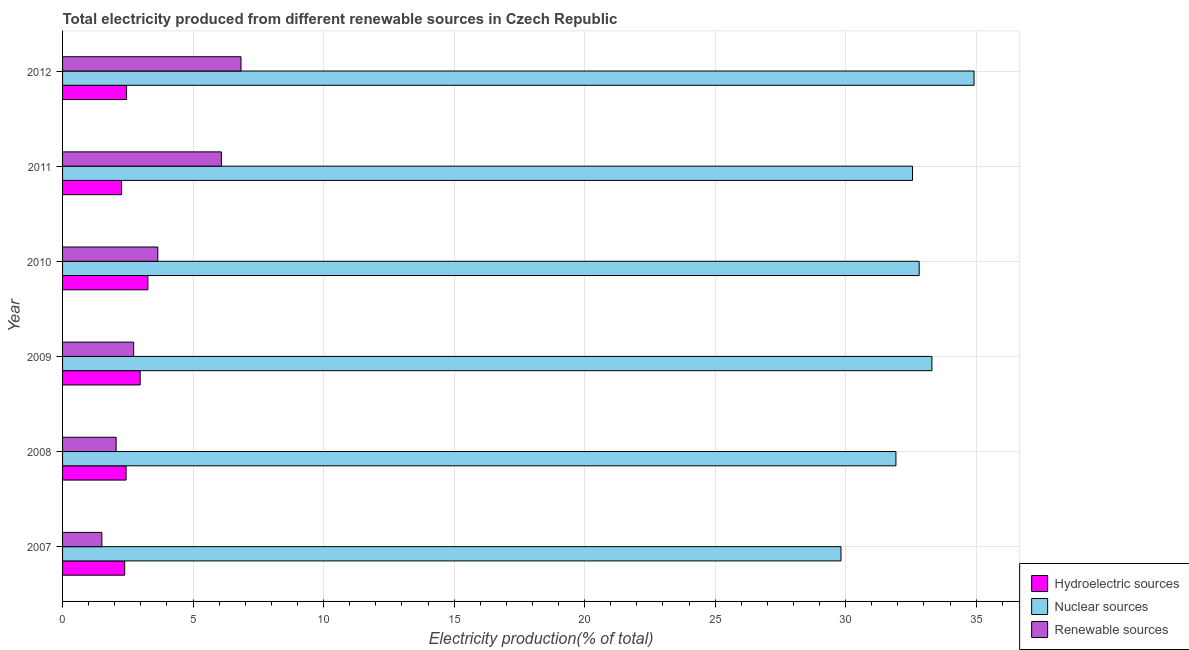
| Year | Hydroelectric sources | Nuclear sources | Renewable sources |
 | --- | --- | --- | --- |
 | 2007 | 2.38 | 29.8 | 1.51 |
 | 2008 | 2.43 | 31.9 | 2.05 |
 | 2009 | 2.97 | 33.3 | 2.72 |
 | 2010 | 3.27 | 32.8 | 3.65 |
 | 2011 | 2.26 | 32.6 | 6.08 |
 | 2012 | 2.45 | 34.9 | 6.84 |